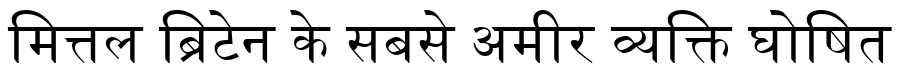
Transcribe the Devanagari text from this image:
मित्तल ब्रिटेन के सबसे अमीर व्यक्ति घोषित